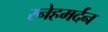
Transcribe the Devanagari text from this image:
स्नेहमर्दन